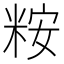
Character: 𫃀